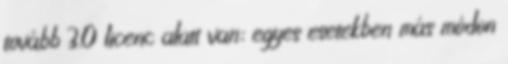
tovább 3.0 licenc alatt van; egyes esetekben más módon